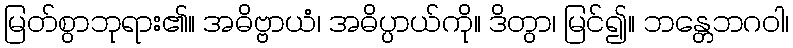
မြတ်စွာဘုရား၏။ အဓိဗ္ဗာယံ၊ အဓိပ္ပာယ်ကို။ ဒိတွာ၊ မြင်၍။ ဘန္တေဘဂဝါ၊